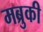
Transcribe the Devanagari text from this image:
मब्रुकी